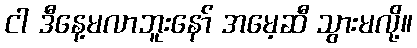
ငါ ဒီနေ့မလာဘူးနော် အမေ့ဆီ သွားမလို့။